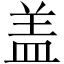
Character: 盖